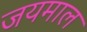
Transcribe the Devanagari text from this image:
जयमाल